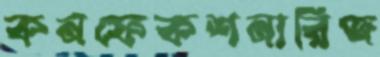
কনফেকশনারিজ